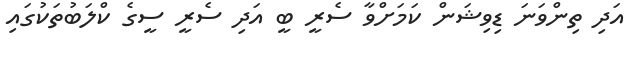
އަދި ތިންވަނަ ޑިވިޝަން ކަމަށްވާ ސެރީ ބީ އަދި ސެރީ ސީގެ ކްލަބުތަކުގައި